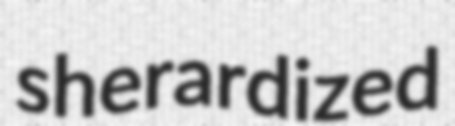
sherardized